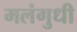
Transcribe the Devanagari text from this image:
मलंगुधी